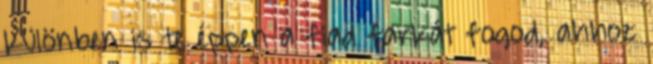
különben is te éppen a fiad farkát fogod, ahhoz